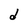
Character: d